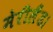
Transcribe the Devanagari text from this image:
मेरीलैंड।